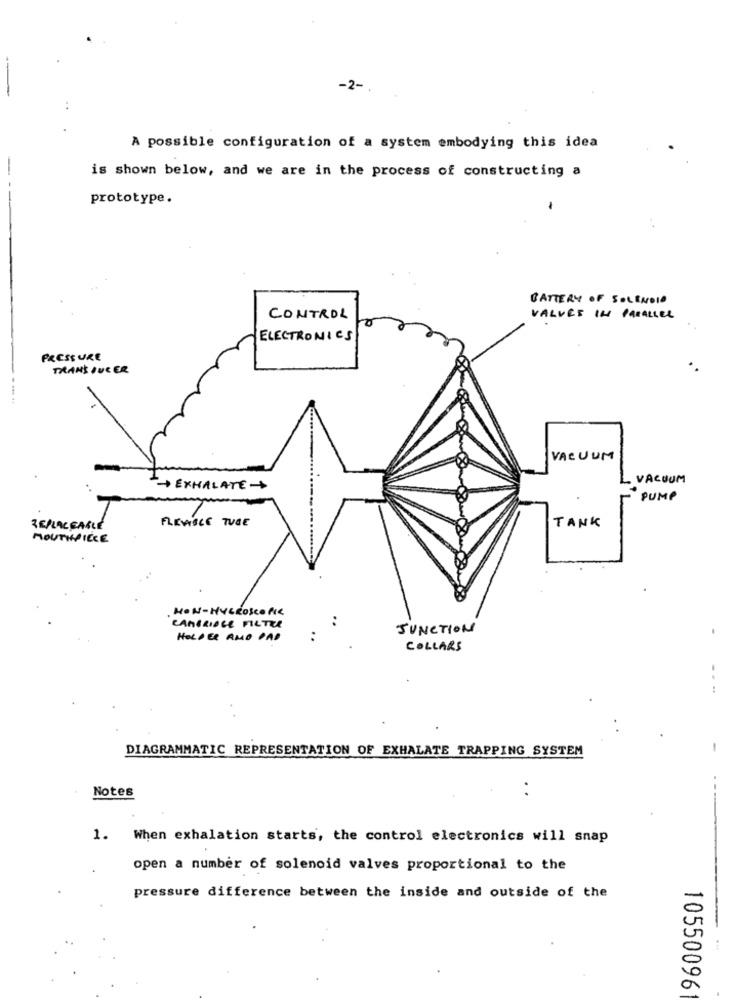
-2-
A possible configuration of a system embodying this idea
is shown below, and we are in the process of constructing a
prototype.
..
BATTERY OF SOLENOID
CONTROL
VALVES IN PARALLEL
ELECTRONICS
PRESSURE
TRANSDUCER
VACUUM
VACUUM
+ EXHALATE+
PUMP
FLEXIBLE TUGE
TANK
REPLACEABLE
MOUTHPIECE
..
CAMBRIDGE FILTER
JUNCTION
HOLDER AND PAD
..
COLLARS
DIAGRAMMATIC REPRESENTATION OF EXHALATE TRAPPING SYSTEM
Notes
..
1. When exhalation starts, the control electronics will snap
open a number of solenoid valves proportional to the
pressure difference between the inside and outside of the
10550096